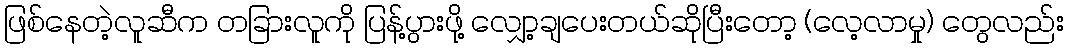
ဖြစ်နေတဲ့လူဆီက တခြားလူကို ပြန့်ပွားဖို့ လျှော့ချပေးတယ်ဆိုပြီးတော့ (လေ့လာမှု) တွေလည်း